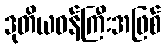
ဒုတိယဝန်ကြီးအဖြစ်